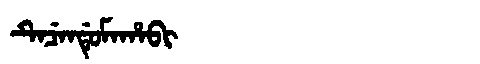
Manchu: ᡨᡝᠴᡝᠨᡩᡠᠮᠠᡥᠠᠪᡳ
Romanization: TECENDUMAHABI